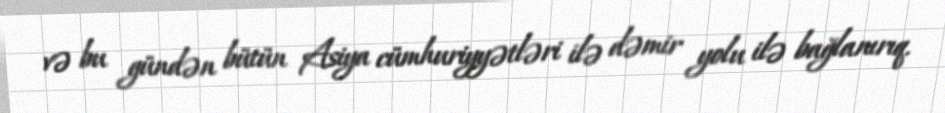
və bu gündən bütün Asiya cümhuriyyətləri ilə dəmir yolu ilə bağlanırıq.